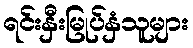
ရင်းနှီးမြုပ်နှံသူများ